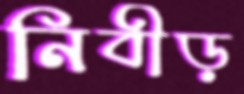
নিবীড়